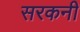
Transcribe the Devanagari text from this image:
सरकनी